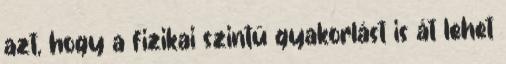
azt, hogy a fizikai szintű gyakorlást is át lehet